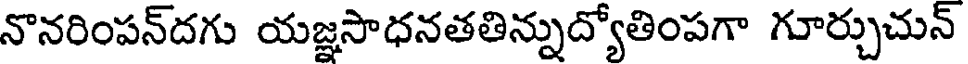
నొనరింపన్దగు యజ్ఞసాధనతతిన్నుద్యోతింపగా గూర్చుచున్